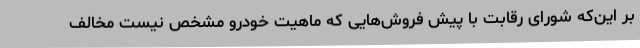
بر این‌که شورای رقابت با پیش فروش‌هایی که ماهیت خودرو مشخص نیست مخالف